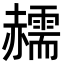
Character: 䞕